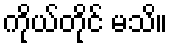
ကိုယ်တိုင် မသိ။